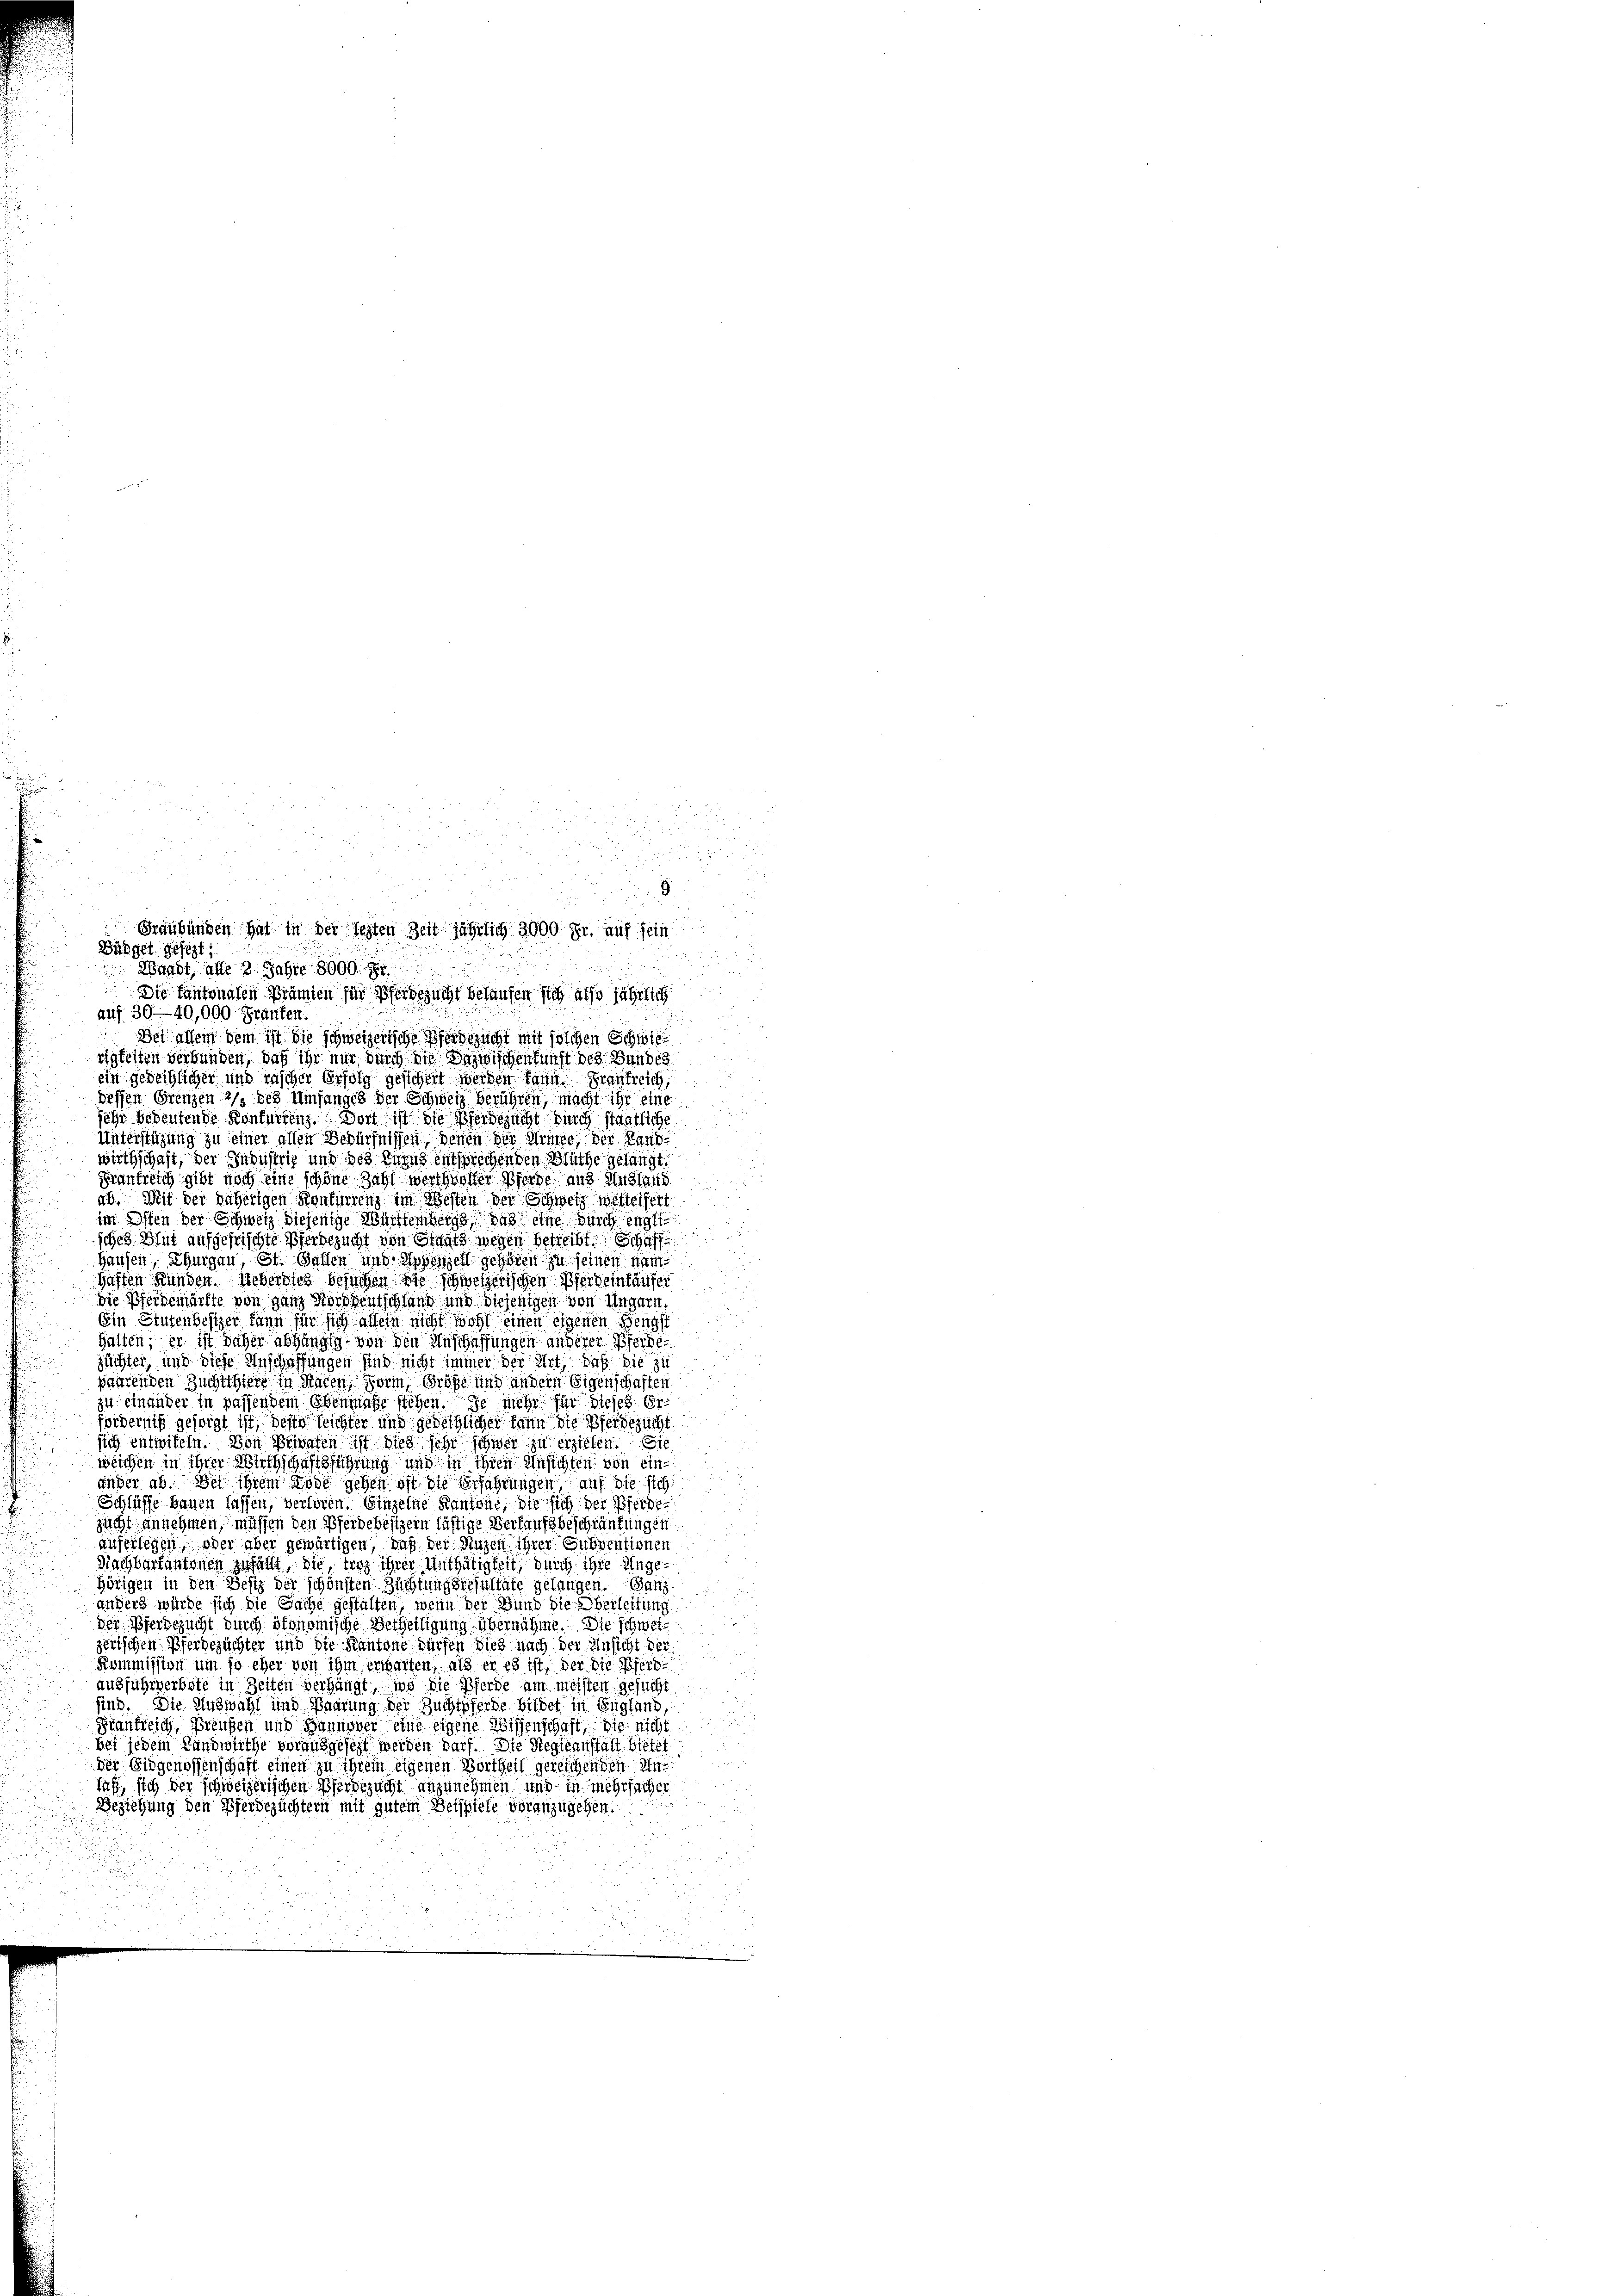
355
.
u
2 xx
r
9
Graubünden hat in der testen Zeit jährlich 3000. Fr. auf sein
Büdget gesezt:
Waadt, alle 2 Jahre 8000 Fr
Die Cantonalen Prämien für herbesucht belaufen sich also jährlich
r
auf 30—40,000 Fräufen:
u
Bei allem dem ist die schweizerische Pferdezucht mit solchen Schwiea
rigkeiten verbunden, daß ihr nur durch die Dazwischenkunft des Bundes
ein gedeihlicher und inscher Erfolg gesichert werden kann. Brautreich
.
dessen Grenzen 2/3 des Umfanges der Schweiz berühren, macht ihr eine
u
sehr bedeutende Konfurten Dort ist die Pferdezucht durch staatliche
Unterstüzung zu einer allen Bedürfnissen, denen der Simee, der Landwirthschaft, der Industrig und des nun entsprechenden Blüthe gelangt.
Frankreich gibt noch eine schöne Zahl werd wolter Pferde aus Ausland
ab. Mit der daherigen Kontirrenz im Westen der Schweiz westerseit
im Osten der Schweiz diejenige Württembergs, das eine durch engli
sches Blut aufgefrischte Pferdezucht von Staats wegen betreibt Schaff
Hausen, Thurgau, St. Gallen und Appenzell gehören zu seinen nam
haften Kunden. Ueberdies besuchen die schweizerischen Pferd einhäuser

Die Pferdemärkte von ganz Norddeutschland und diejenigen von Ungarn.
Ein Stutenbesizer kann für sich allein nicht wohl einen eigenen Hengst
halten; er ist daher abhängig von den Anschaffungen anderer Pferdezüchter, und diese Anschaffungen sind nicht immer der Art, daß die zu
fahrenden Zuchtigtere in Räten Form, Größe und andern Eigenschaften
zu einander in passendem Ebenmaße stehen. Je mehr für dieses Er
forderniß gesorgt ist, desse leichter und gedeihlicher kann die Pferdezücht
sich entwifeln. Von Privaten ist dies sehr schwer zu erzielen. Sie
weichen in ihrer Wirthschaftsführung und in ihren Unsichten von einander ab. Der ihrem Tode gehen oft die Erfahrungen, auf die sich
Schlüsse bauen lassen, verloren. Einzelne Kantons, die sich der Pferde
sucht annehmen, müssen den Pferdebesizern lästige Verkaufsbeschränkungen
auferlegen, oder aber gewärtigen, daß der Nuzen ihrer Subventionen
Nachbartantonen zufällt, die, trotz ihrer Unthätigkeit, durch ihre Ungehörigen in den Besitz der schönsten Zuchtungsresultate gelangen. Ganz
anders würde sich die Sache gestalten, wenn der Bund die Oberleitung
der Pferdezucht durch ökonomische Betheiligung übernähme. Die schweizerischen Pferdezüchter und die Kantone dürfen dies nach der Ansicht der
Kommission um so eher von ihm erwarten, als er es ist, der die Pferd
ausfuhrverbote in Zeiten verhängt, wo die Pferde am meisten gesucht
sind. Die Auswahl und Baarung der Zuchtpferde bildet in England,
Frankreich, Preußen und Hannover eine eigene Wissenschaft, die nicht
un
bei jedem Landwirthe vorausgesetzt werden darf. Die Siegleanstalt bietet
der Eidgenossenschaft einen zu ihrem eigenen Vortheil gereichenden Un
Taf, sich der schweizerischen Pferdezucht anzunehmen und in mehrfacher
Beziehung den Pferdezüchtern mit gutem Beispiele voranzugehen.

5
82